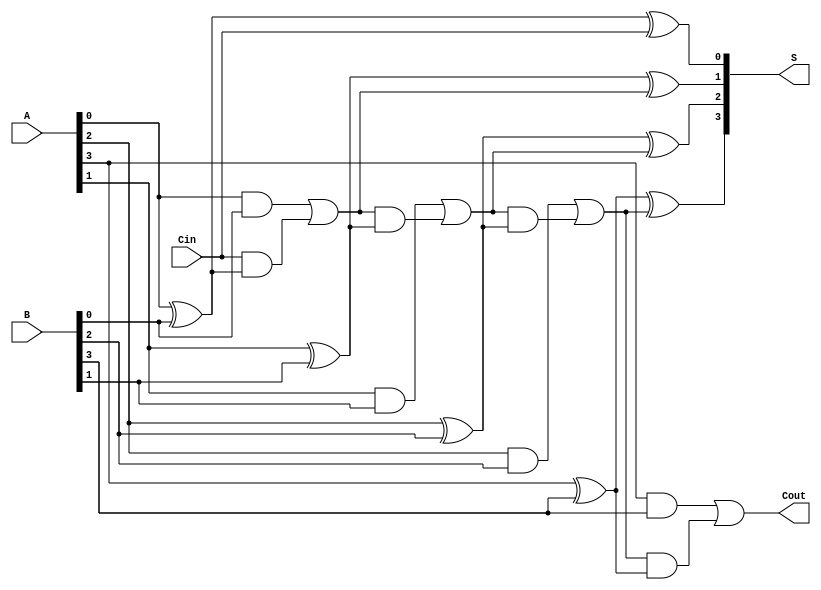
module ParallelFullAdder #(parameter N = 4) (
    input  wire [N-1:0] A,     // Input A
    input  wire [N-1:0] B,     // Input B
    input  wire Cin,           // Carry-in
    output wire [N-1:0] S,     // Sum output
    output wire Cout           // Carry-out
);

    // Internal carry signals
    wire [N-1:0] carry;

    // Generate Full Adder cells for each bit
    genvar i;
    generate
        for (i = 0; i < N; i = i + 1) begin : full_adder
            if (i == 0) begin
                // For the least significant bit
                assign S[i] = A[i] ^ B[i] ^ Cin;                          // Sum
                assign carry[i] = (A[i] & B[i]) | (Cin & (A[i] ^ B[i])); // Carry-out
            end else begin
                // For the other bits
                assign S[i] = A[i] ^ B[i] ^ carry[i-1];                        // Sum
                assign carry[i] = (A[i] & B[i]) | (carry[i-1] & (A[i] ^ B[i])); // Carry-out
            end
        end
    endgenerate

    // Carry-out from the most significant bit
    assign Cout = carry[N-1];

endmodule